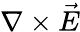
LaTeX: \nabla\times\vec{E}